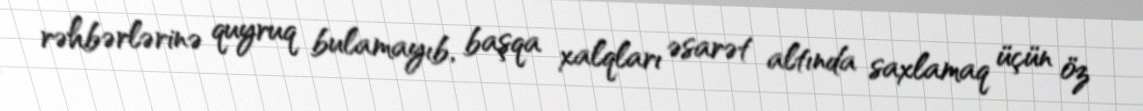
rəhbərlərinə quyruq bulamayıb, başqa xalqları əsarət altında saxlamaq üçün öz